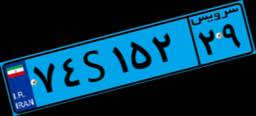
۷۴S۱۵۲۲۹